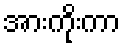
အားကိုးကာ